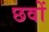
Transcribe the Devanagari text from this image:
छवों